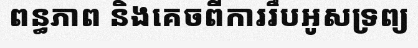
ពន្ធភាព និងគេចពីការរឹបអូសទ្រព្យ